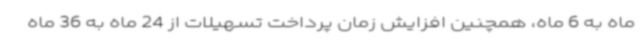
ماه به 6 ماه، همچنین افزایش زمان پرداخت تسهیلات از 24 ماه به 36 ماه